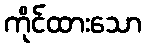
ကိုင်ထားသော